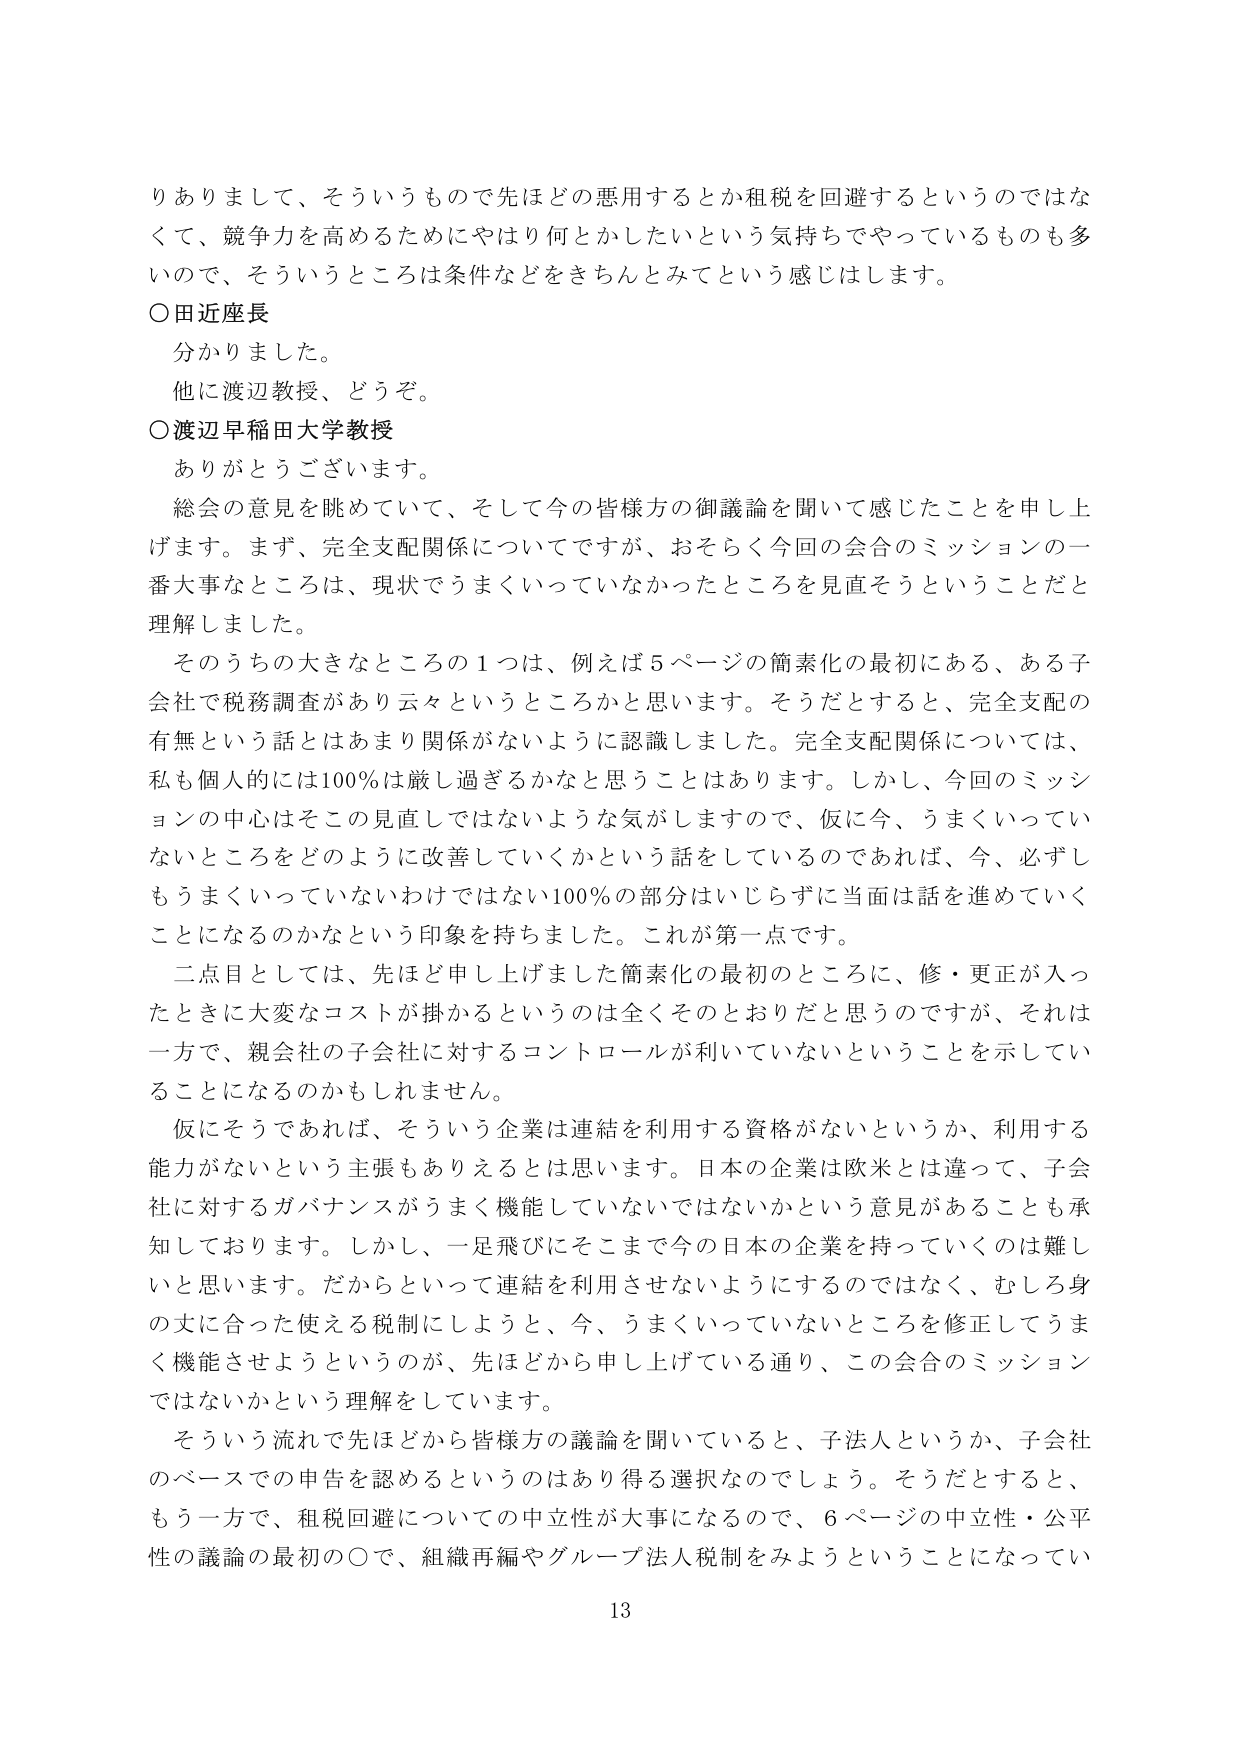
りありまして、そういうもので先ほどの悪用するとか租税を回避するというのではな
くて、競争力を高めるためにやはり何とかしたいという気持ちでやっているものも多
いので、そういうところは条件などをきちんとみてという感じはします。
○田近座長
分かりました。
他に渡辺教授、どうぞ。
○渡辺早稲田大学教授
ありがとうございます。
総会の意見を眺めていて、そして今の皆様方の御議論を聞いて感じたことを申し上
げます。まず、完全支配関係についてですが、おそらく今回の会合のミッションの一
番大事なところは、現状でうまくいっていなかったところを見直そうということだと
理解しました。
そのうちの大きなところの1つは、例えば5ページの簡素化の最初にある、ある子
会社で税務調査があり云々というところかと思います。そうだとすると、完全支配の
有無という話とはあまり関係がないように認識しました。完全支配関係については、
私も個人的には100％は厳し過ぎるかなと思うことはあります。しかし、今回のミッシ
ョンの中心はそこの見直しではないような気がしますので、仮に今、うまくいってい
ないところをどのように改善していくかという話をしているのであれば、今、必ずし
もうまくいっていないわけではない100％の部分はいじらずに当面は話を進めていく
ことになるのかなという印象を持ちました。これが第一点です。
二点目としては、先ほど申し上げました簡素化の最初のところに、修・更正が入っ
たときに大変なコストが掛かるというのは全くそのとおりだと思うのですが、それは
一方で、親会社の子会社に対するコントロールが利いていないということを示してい
ることになるのかもしれません。
仮にそうであれば、そういう企業は連結を利用する資格がないというか、利用する
能力がないという主張もありえると思います。日本の企業は欧米とは違って、子会
社に対するガバナンスがうまく機能していないではないかという意見があることも承
知しております。しかし、一足飛びにそこまで今の日本の企業を持っていくのは難し
いと思います。だからといって連結を利用させないようにするのではなく、むしろ身
の丈に合った使える税制にしようと、今、うまくいっていないところを修正してうま
く機能させようというのが、先ほどから申し上げている通り、この会合のミッション
ではないかという理解をしています。
そういう流れで先ほどから皆様方の議論を聞いていると、子法人というか、子会社
のベースでの申告を認めるというのはあり得る選択なのでしょう。そうだとすると、
もう一方で、租税回避についての中立性が大事になるので、6ページの中立性・公平
性の議論の最初の○で、組織再編やグループ法人税制をみようということになってい
13